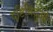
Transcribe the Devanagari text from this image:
दृष्टिबिंदुओं